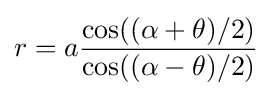
r=a{\frac {\cos((\alpha +\theta )/2)}{\cos((\alpha -\theta )/2)}}